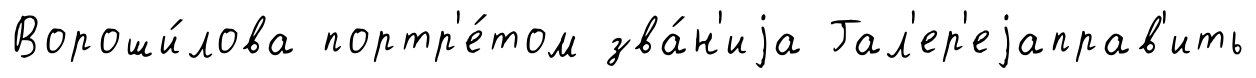
Вороши́лова портр'е́том зва́н'иjа Гал'ер'еjаправ'ить